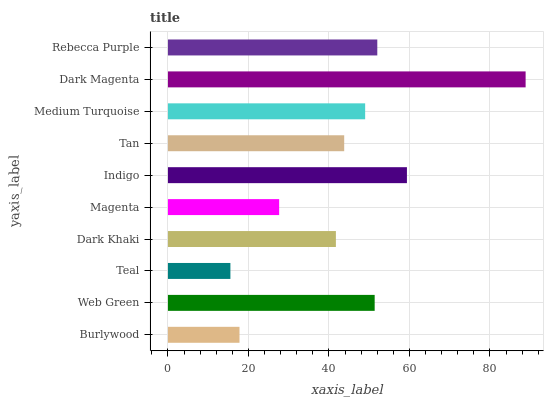
| yaxis_label | bars |
 | --- | --- |
 | Burlywood | 17.8 |
 | Web Green | 51.4 |
 | Teal | 15.5 |
 | Dark Khaki | 41.7 |
 | Magenta | 27.6 |
 | Indigo | 59.4 |
 | Tan | 43.8 |
 | Medium Turquoise | 49 |
 | Dark Magenta | 88.9 |
 | Rebecca Purple | 52 |